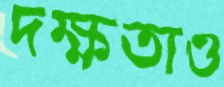
দক্ষতাও